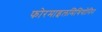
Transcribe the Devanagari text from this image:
फोरमाइलमिथियोनिन